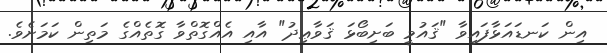
އިން ކަނޑައަޅާފައިވާ "ޤައުމީ ބަށިބޯޅަ ޤަވާޢިދު" އާއި އެއްގޮތްވާ ގޮތެއްގެ މަތިން ކަމަށެވެ.